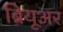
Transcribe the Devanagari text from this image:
ब्रियूअर